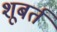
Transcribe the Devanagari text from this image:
शूबर्त